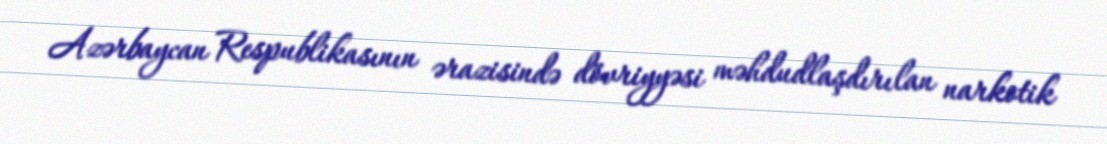
Azərbaycan Respublikasının ərazisində dövriyyəsi məhdudlaşdırılan narkotik